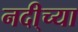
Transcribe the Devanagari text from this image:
नदी्च्या